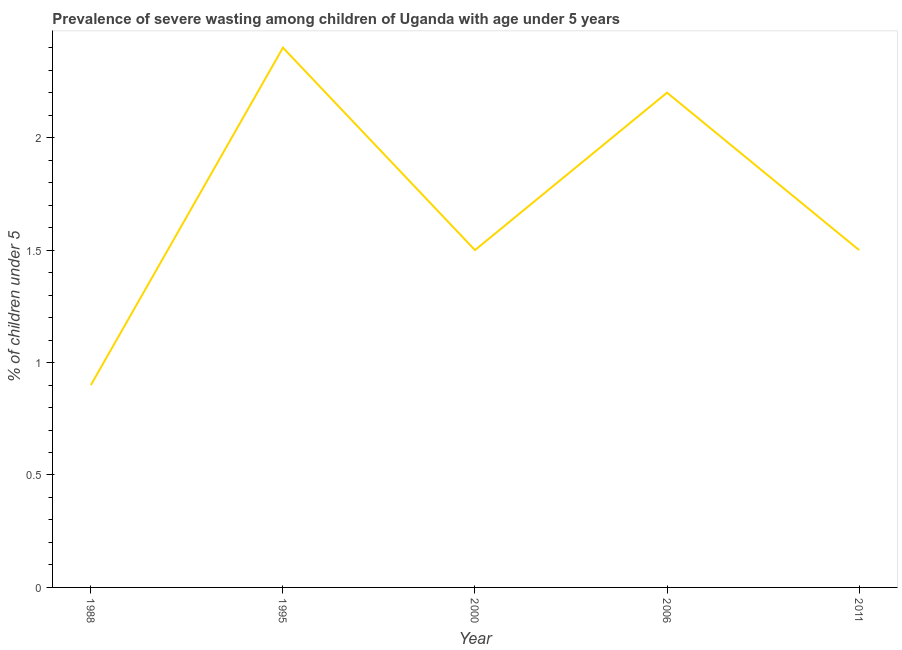
| Year | Prevalence of severe wasting |
 | --- | --- |
 | 1988 | 0.9 |
 | 1995 | 2.4 |
 | 2000 | 1.5 |
 | 2006 | 2.2 |
 | 2011 | 1.5 |